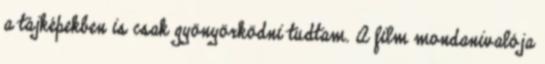
a tájképekben is csak gyönyörködni tudtam. A film mondanivalója